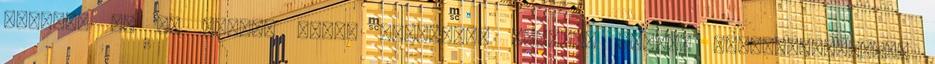
nyerték el „A Magyar Torna Szövetség Aerobik Szakág Legeredményesebb